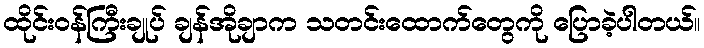
ထိုင်းဝန်ကြီးချုပ် ချန်အိုချာက သတင်းထောက်တွေကို ပြောခဲ့ပါတယ်။